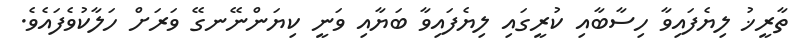
ތާރީޚު ލިޔެފައިވާ ހިސާބާއި ކުރީގައި ލިޔެފައިވާ ބަޔާއި ވަނީ ކިޔަންނޭނގޭ ވަރަށް ހަލާކުވެފައެވެ.